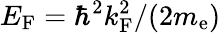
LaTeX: E_{\mathrm{F}}=\hbar^{2}k_{\mathrm{F}}^{2}/(2m_{\mathrm{e}})